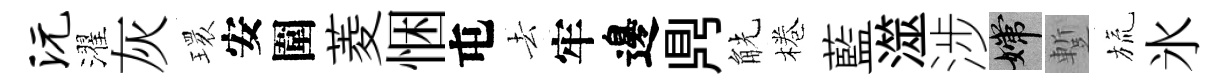
沅濯灰𤨔安圍菱悃屯去牢邊𪔂觥棬藍澨涉嫦蹔旒氷